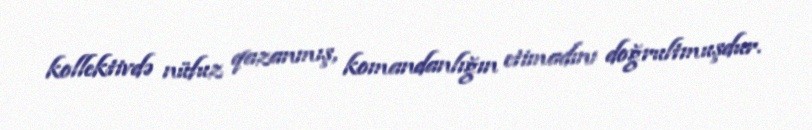
kollektivdə nüfuz qazanmış, komandanlığın etimadını doğrultmuşdur.